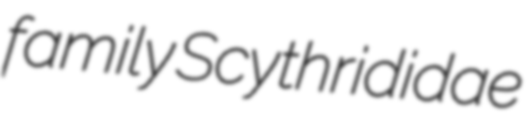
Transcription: family Scythrididae